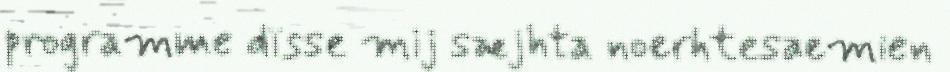
programme dïsse mij sæjhta noerhtesaemien